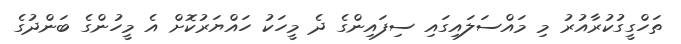
ތަހްގީގުކުރާއުރު މި މައްސަލައިގައި ސިފައިންގެ ދެ މީހަކު ހައްޔަރުކޮށް އެ މީހުންގެ ބަންދުގެ